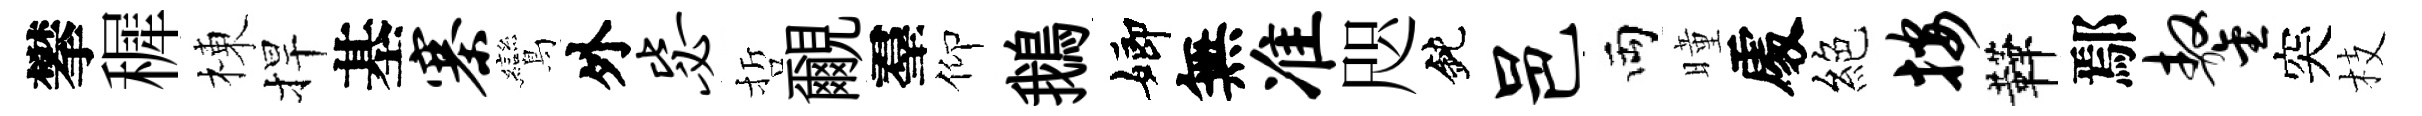
攀穉棟捍基寨鸞外毖哲覼羣仰鵝嫏無准咫鈍邑両曈𠁅絕按鞾鄢鏊突枝